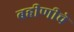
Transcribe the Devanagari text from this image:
बहीणीचे